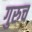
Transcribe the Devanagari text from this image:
गुरुच